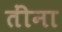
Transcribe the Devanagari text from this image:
तींना